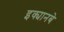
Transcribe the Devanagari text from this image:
इक्यानबे